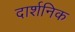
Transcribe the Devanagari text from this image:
दार्शनिक